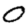
Digit: 0